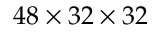
4 8 \times 3 2 \times 3 2